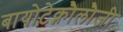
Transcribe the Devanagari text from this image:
बायोटेक्नौलौजी